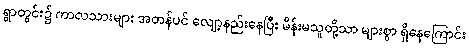
ရွာတွင်း၌ ကာလသားများ အတန်ပင် လျော့နည်းနေပြီး မိန်းမသူတို့သာ များစွာ ရှိနေကြောင်း